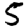
Digit: 5